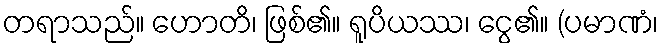
တရာသည်။ ဟောတိ၊ ဖြစ်၏။ ရူပိယဿ၊ ငွေ၏။ (ပမာဏံ၊